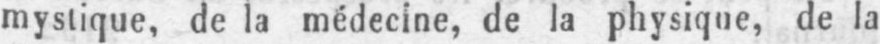
mystique, de la médecine, de la physique, de la